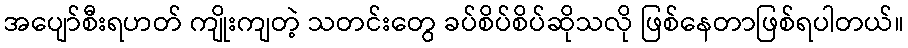
အပျော်စီးရဟတ် ကျိုးကျတဲ့ သတင်းတွေ ခပ်စိပ်စိပ်ဆိုသလို ဖြစ်နေတာဖြစ်ရပါတယ်။